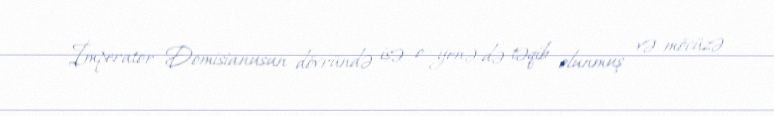
İmperator Domisianusun dövründə isə o yenə də təqib olunmuş və möcüzə